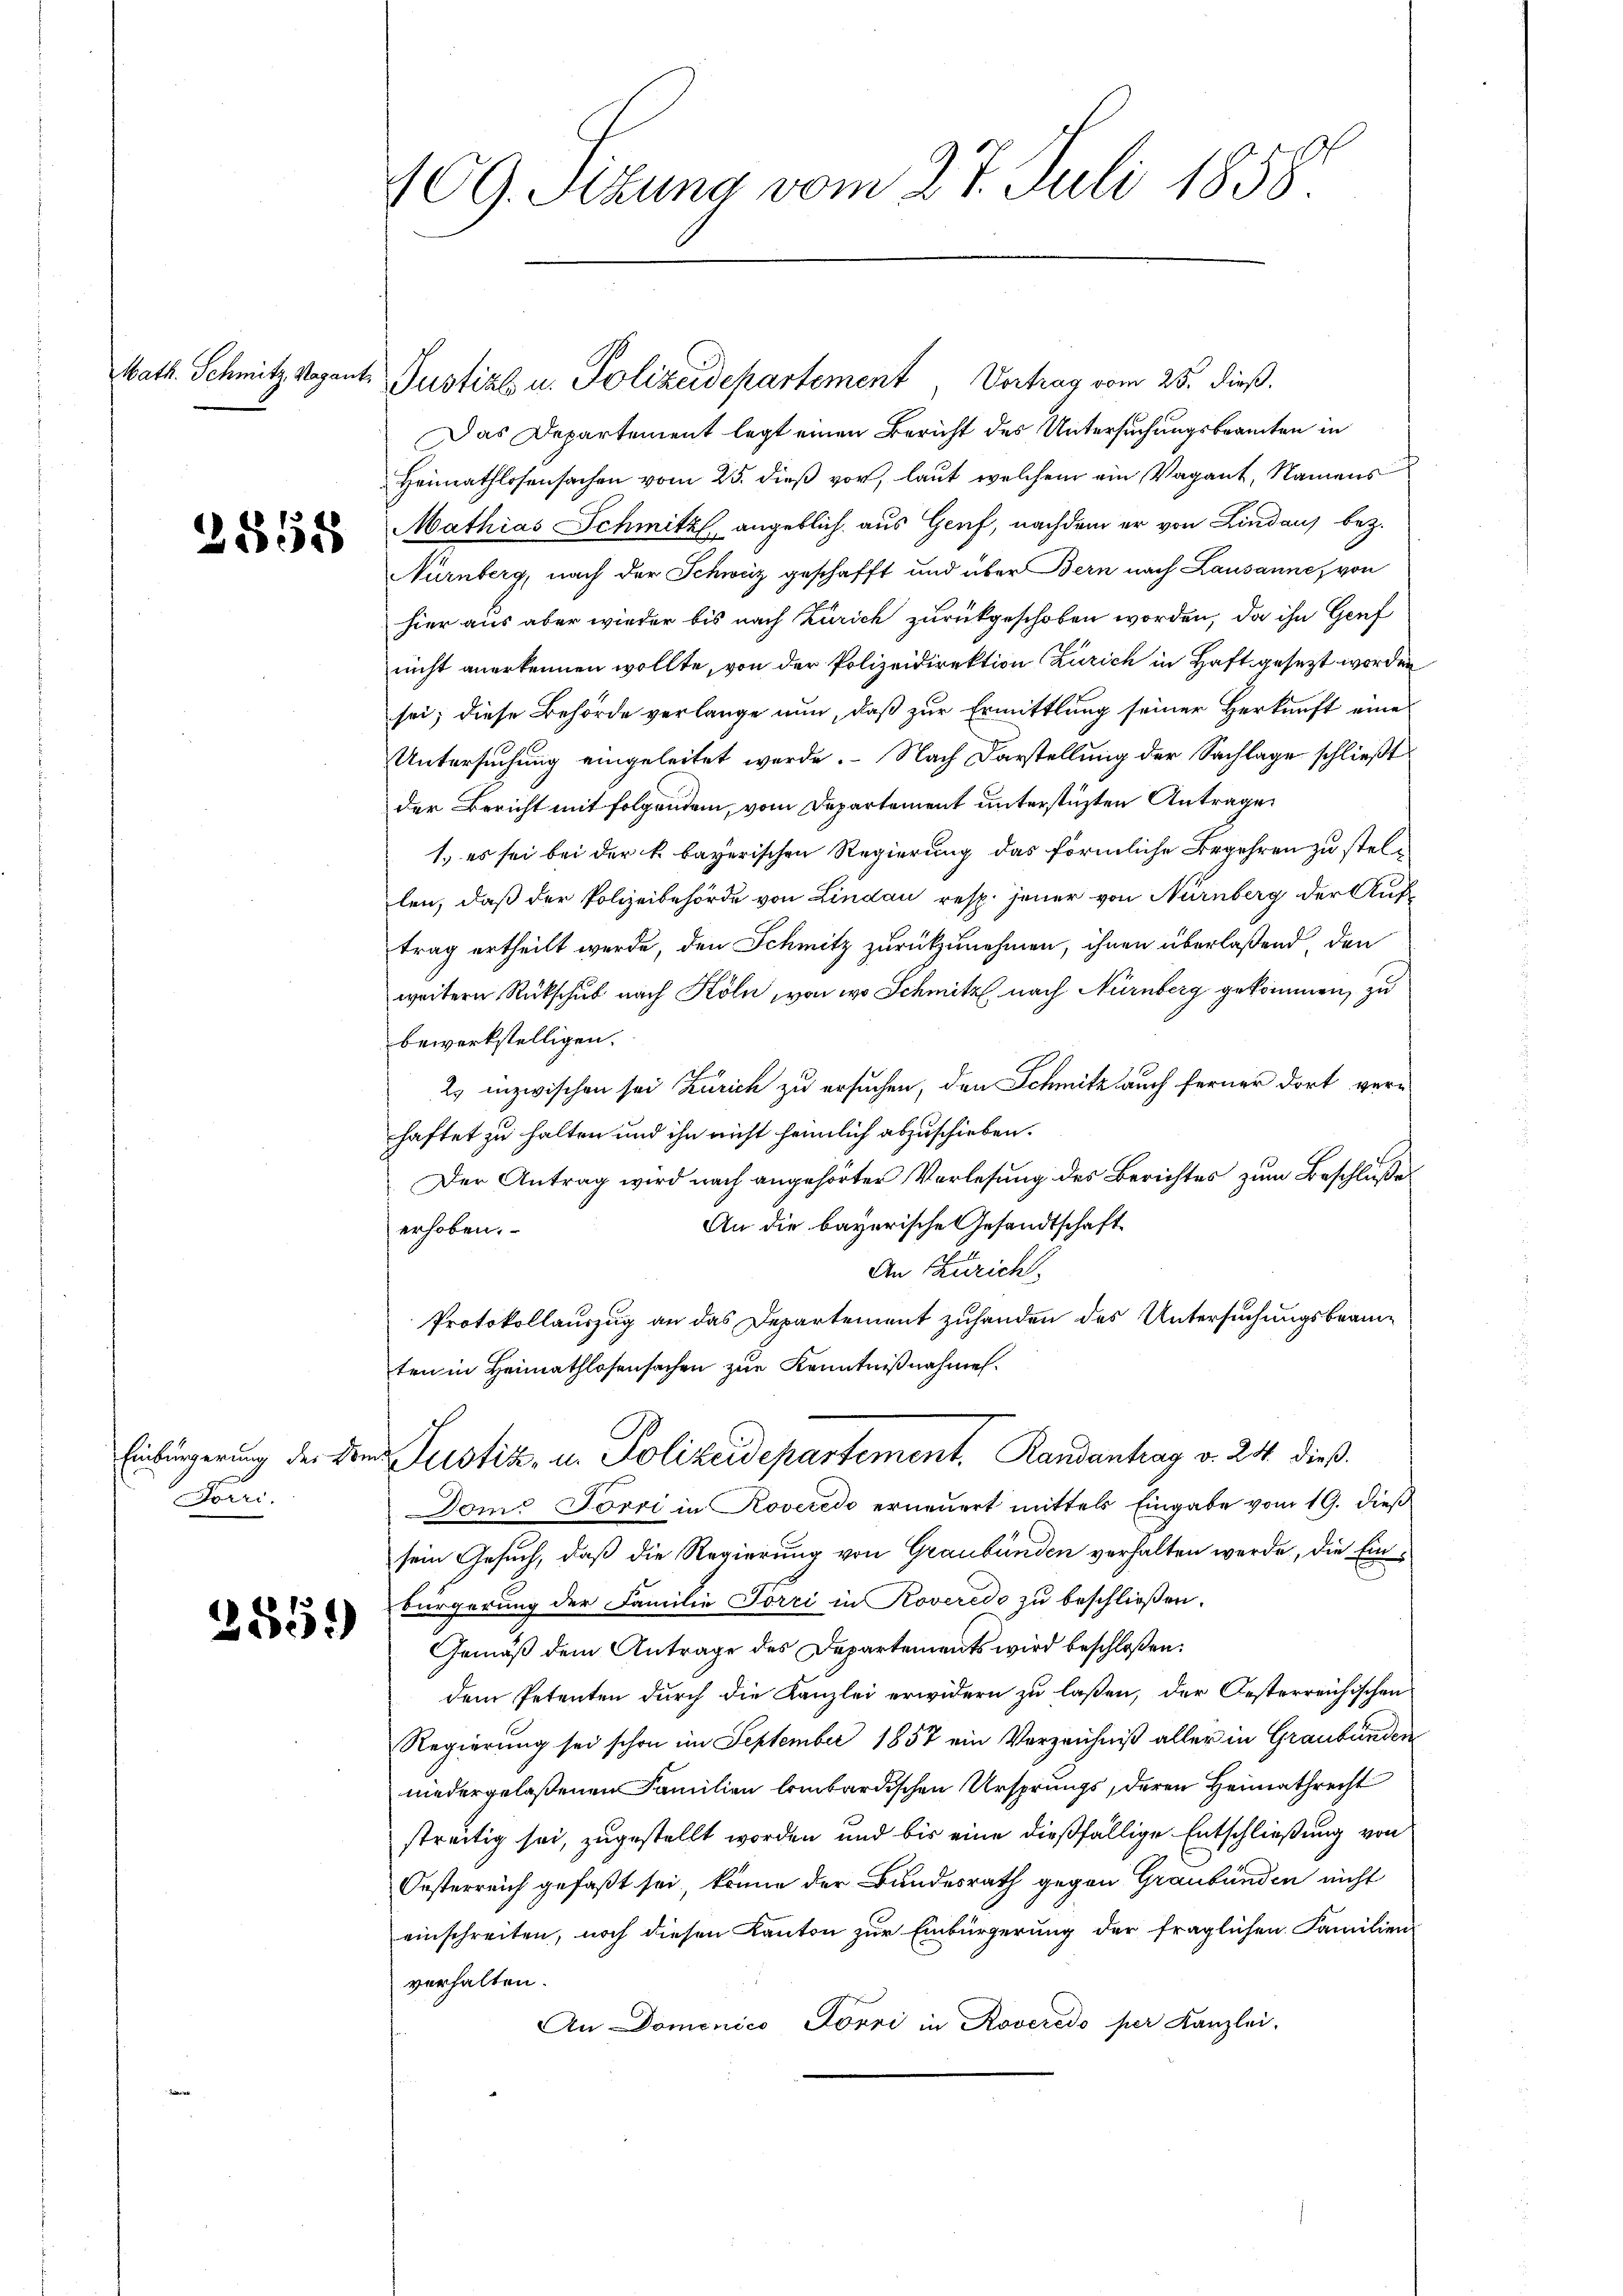
Math. Schmitz Vagant.

2558

Einbürgerung der B.
Förri,

2551)

CG. Sitzung vom 27. Juli 1858

Justiz u. Polizeidepartement, Vertrag vom 25. dieß.
Das Departement legt einen Bericht des Untersuchungsbeamten in
Heimathlosensachen vom 25. dieß vor, laut welchem ein Vagant, Namens
Mathias Schmitz, angeblich aus Genf, nachdem er von Lindaus bez.
Nürnberg, nach der Schweiz geschafft und über Bern nach Lausannes von
hier aus aber wieder bis nach Zürich zurückgeschoben worden, da ihn Genf
nicht anerkennen wollte, von der Polizeidirektion Zürich in Haft gesezt worden
sei; diese Behörde verlange nun, daß zur Ermittlung seiner Herkunft eine
Untersuchung eingeleitet werde. Nach Darstellung der Sachlage schließt
der Bericht mit folgendem, vom Departement unterstüzten Antrage
1.) es sei bei der k. bayerischen Regierung das förmliche Begehren zu stellen, daß der Polizeibehörde von Lindau resp. jener von Nürnberg der Auftrag ertheilt werde, den Schmitz zurückzunehmen, ihnen überlaßend den
weitern Rückschub nach Köln, von wo Schmitz, nach Nürnberg gekommen, zu
bewerkstelligen.
2. inzwischen sei Zürich zu ersuchen, den Schmitz auch ferner dort verhaftet zu halten und ihn nicht heimlich abzuschieben.
Der Antrag wird nach angehörter Vorlesung des Berichtes zum Beschlußes
An die bayerische Gesandtschaft
erhoben.
An Zürich.
Protokollauszug an das Departement zuhanden des Untersuchungsbeamten in Heimathlosensachen zur Kenntnißnahme.
und Justiz, u. Polizeidepartement. Randenhag v. 24. dieß¬
Dem Jörri in Roveredo erneuert mittels Eingabe vom 19. dieß
sein Gesuch, daß die Regierung von Graubünden verhalten werde, die Einbürgerung der Familie Törri in Roveredo zu beschließen.
Gemäß dem Antrage des Departements wird beschloßen:
dem Petenten durch die Kanzlei erwidern zu laßen, der Oesterreichischen
Regierung sei schon im September 1857 ein Verzeichniß aller in Graubünden
niedergelaßenen Familien lombardischen Ursprungs, deren Heimathrecht
streitig sei, zugestellt worden und bis eine dießfällige Entschließung von
Oesterreich gefaßt sei, könne der Bundesrath gegen Graubünden nicht
einschreiten, noch diesen Kanton zur Einbürgerung der fraglichen Familien-
verhalten.
An Domenico Porri in Roveredo per Kanzlei.